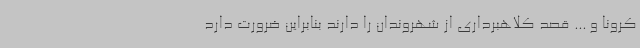
کرونا و ... قصد کلاهبرداری از شهروندان را دارند بنابراین ضرورت دارد